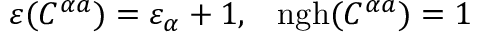
\varepsilon ( C ^ { \alpha a } ) = \varepsilon _ { \alpha } + 1 , \; \; \; \mathrm { n g h } ( C ^ { \alpha a } ) = 1